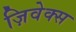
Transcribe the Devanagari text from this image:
ज़िवेक्स